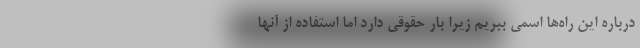
درباره این راه‌ها اسمی ببریم زیرا بار حقوقی دارد اما استفاده از آنها